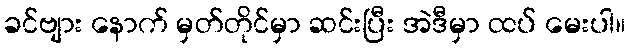
ခင်ဗျား နောက် မှတ်တိုင်မှာ ဆင်းပြီး အဲဒီမှာ ထပ် မေးပါ။